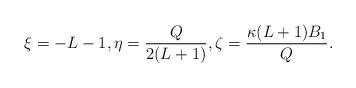
LaTeX: \begin{align*} \xi = -L-1, \eta = \frac{Q}{2(L+1)}, \zeta = \frac{\kappa(L+1)B_1}{Q}. \end{align*}